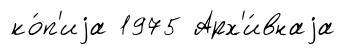
ко́п'иjа 1975 Арх'и́внаjа